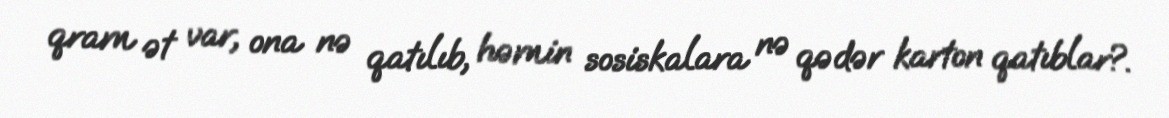
qram ət var, ona nə qatılıb, həmin sosiskalara nə qədər karton qatıblar?.